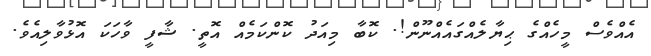
އެއްވެސް މީހެއްގެ ޙިޔާލެއްގައެއްނޫން!. ކޮބާ މިއަދު ކޮންކަމެއް އޮތީ. ޝާފީ ވާހަކަ އޮޅުވާލިއެވެ.